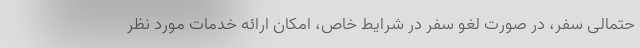
حتمالی سفر، در صورت لغو سفر در شرایط خاص، امکان ارائه خدمات مورد نظر